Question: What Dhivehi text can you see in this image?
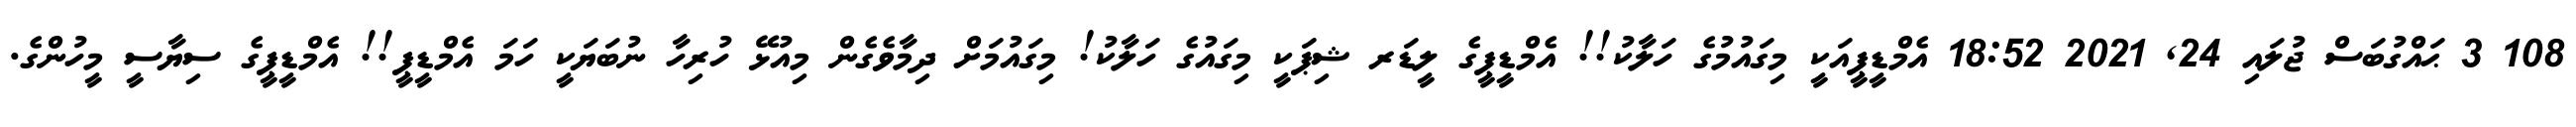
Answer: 108 3 ޙައްގުބަސް ޖުލައި 24, 2021 18:52 އެމްޑީޕީއަކީ މިގައުމުގެ ހަލާކު!! އެމްޑީޕީގެ ލީޑަރ ޝިޕަކީ މިގައުގެ ހަލާކު! މިގައުމަށް ދިމާވެގެން މިއުޅޭ ހުރިހާ ނުބަޔަކީ ހަމަ އެމްޑީޕީ!! އެމްޑީޕީގެ ސިޔާސީ މީހުންގެ.